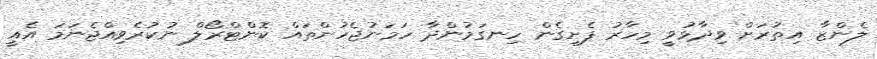
ލެންޒާ އިތުރަށް ވިދާޅުވީ މިހާރު ފެށިގެން ހިނގަމުންދާ ހަމަނުޖެހުންތައް ކޮންޓްރޯލް ނުކުރެވިއްޖެނަމަ އެއީ